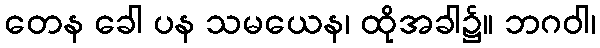
တေန ခေါ ပန သမယေန၊ ထိုအခါ၌။ ဘဂဝါ၊